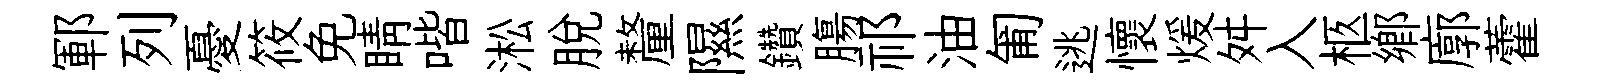
鄆列憂筱免睛喈淞脱釐隰鑽膓祁油匍逃懷煖舛入柩鄉廓藿